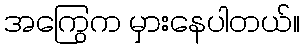
အကြွေက မှားနေပါတယ်။